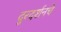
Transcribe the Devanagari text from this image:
दुरदर्शनचे